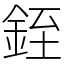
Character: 銍